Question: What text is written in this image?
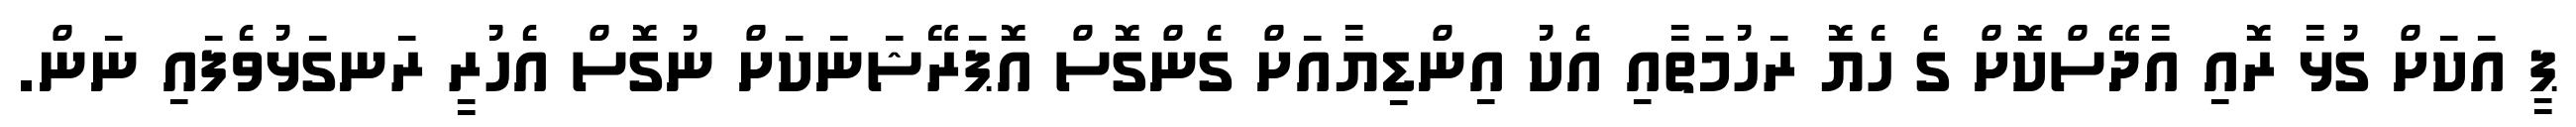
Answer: ޕީ އަކަށް ގުޅާ ރޮއި އާދޭސްކޮށް ގެ ހެޔޮ ރަހުމަތާއި އެކު އިންޑިޔާއަށް ގެންގޮސް އޮޕަރޭޝަނަކަށް ނުގޮސް އެހުރީ ރަނގަޅުވެފައި ނަން.